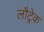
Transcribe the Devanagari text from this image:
लौट्रेक